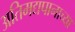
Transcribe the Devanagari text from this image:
अतिमद्यपानाच्या